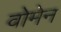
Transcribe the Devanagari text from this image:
वोमेन